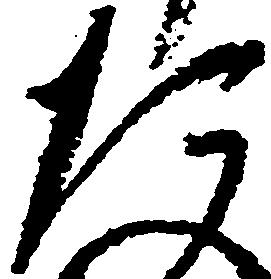
た